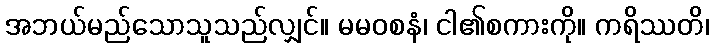
အဘယ်မည်သောသူသည်လျှင်။ မမဝစနံ၊ ငါ၏စကားကို။ ကရိဿတိ၊